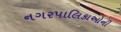
નગરપાલિકાઓની